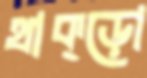
থাক্‌ড়ো